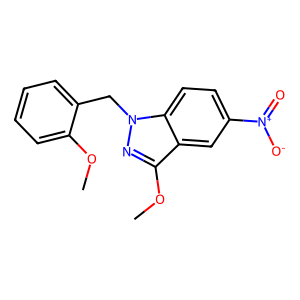
SMILES: COc1ccccc1Cn1nc(OC)c2cc([N+](=O)[O-])ccc21
Inhibits HIV replication: No